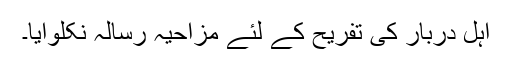
اہلِ دربار کی تفریح کے لئے مزاحیہ رسالہ نکلوایا۔